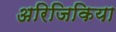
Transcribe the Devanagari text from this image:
अरिजिकिया